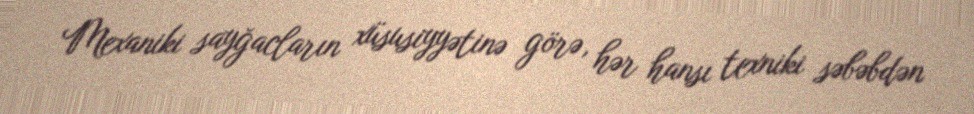
Mexaniki sayğacların xüsusiyyətinə görə, hər hansı texniki səbəbdən